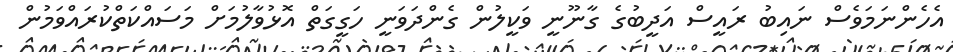
އެހެންނަމަވެސް ނައިބު ރައީސް އަދީބުގެ ގާނޫނީ ވަކީލުން ގެންދަވަނީ ހަގީގަތް އޮޅުވާލުމަށް މަސައްކަތްކުރައްވަމުން